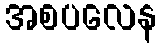
အစပလေန